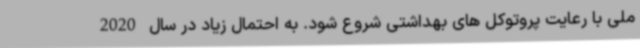
ملی با رعایت پروتوکل های بهداشتی شروع شود. به احتمال زیاد در سال 2020